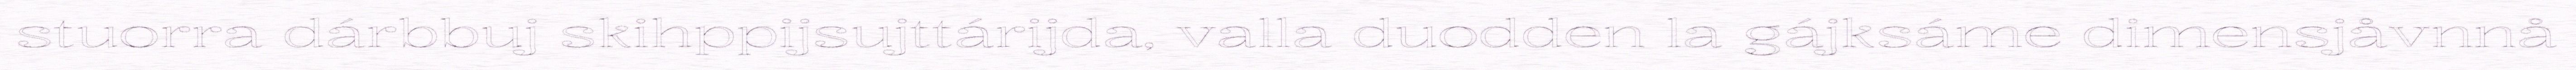
stuorra dárbbuj skihppijsujttárijda, valla duodden la gájksáme dimensjåvnnå